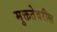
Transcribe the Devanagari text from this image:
मुक्ततेवरील